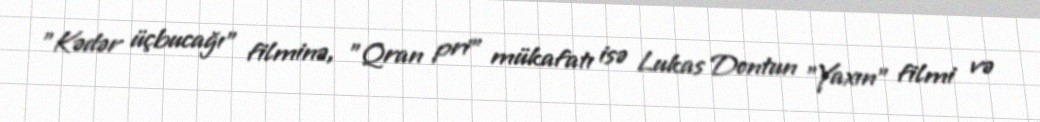
"Kədər üçbucağı" filminə, "Qran pri" mükafatı isə Lukas Dontun "Yaxın" filmi və